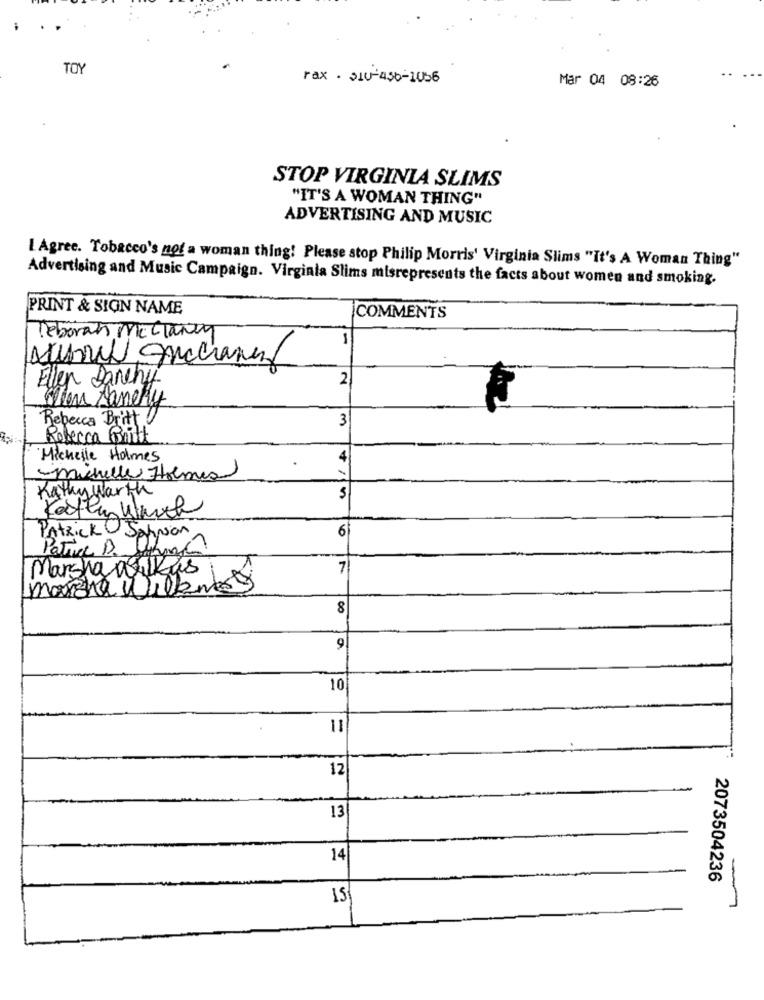
TOY
..
rax . 510-456-1056
Mar 04 08:26
STOP VIRGINIA SLIMS
"IT'S A WOMAN THING"
ADVERTISING AND MUSIC
I Agree. Tobacco's nof a woman thing! Please stop Philip Morris' Virginia Slims "It's A Woman Thing"
Advertising and Music Campaign. Virginia Slims misrepresents the facts about women and smoking.
PRINT & SIGN NAME
COMMENTS
Deborah Mc Claney
Ellen Danchy
2
Ten Samery
3
Rebecca Britt
Rebecca Britt
Michelle Holmes
4
-michelle Holmes
Kathy warth
Katten Warth
PATRICK Johnson
6
Patrice B. Sahne
Marsha wikus
7
marche Willknees
8
9
10
11
12
13
14
-
2073504236
15